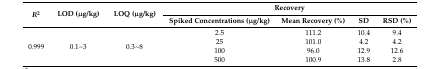
<table><thead><tr><td rowspan="2"><b><i>R</i><sup>2</sup></b></td><td rowspan="2"><b>LOD (μg/kg)</b></td><td rowspan="2"><b>LOQ (μg/kg)</b></td><td colspan="4"><b>Recovery</b></td></tr><tr><td><b>Spiked Concentrations (μg/kg)</b></td><td><b>Mean Recovery (%)</b></td><td><b>SD</b></td><td><b>RSD (%)</b></td></tr></thead><tbody><tr><td rowspan="4">0.999</td><td rowspan="4">0.1~3</td><td rowspan="4">0.3~8</td><td>2.5</td><td>111.2</td><td>10.4</td><td>9.4</td></tr><tr><td>25</td><td>101.0</td><td>4.2</td><td>4.2</td></tr><tr><td>100</td><td>96.0</td><td>12.9</td><td>12.6</td></tr><tr><td>500</td><td>100.9</td><td>13.8</td><td>2.8</td></tr></tbody></table>